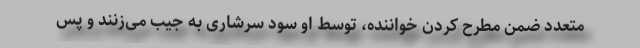
متعدد ضمن مطرح کردن خواننده، توسط او سود سرشاری به جیب می‌زنند و پس